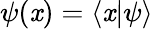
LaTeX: \psi(\mathit{x})=\langle\mathit{x}|\psi\rangle